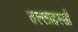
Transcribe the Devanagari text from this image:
तल्लाहस्सी